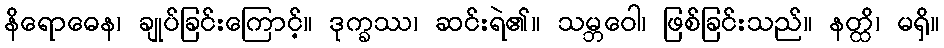
နိရောဓေန၊ ချုပ်ခြင်းကြောင့်။ ဒုက္ခဿ၊ ဆင်းရဲ၏။ သမ္ဘဝေါ၊ ဖြစ်ခြင်းသည်။ နတ္ထိ၊ မရှိ။